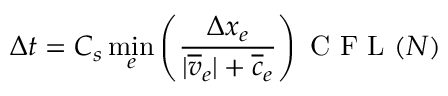
\Delta t = C _ { s } \operatorname* { m i n } _ { e } \left( \frac { \Delta x _ { e } } { | \overline { { v } } _ { e } | + \overline { { c } } _ { e } } \right) \mathrm { ~ C ~ F ~ L ~ } ( N )